Report on vaccination in Madras 1904-1921 - 1904-1921
Year: 1904
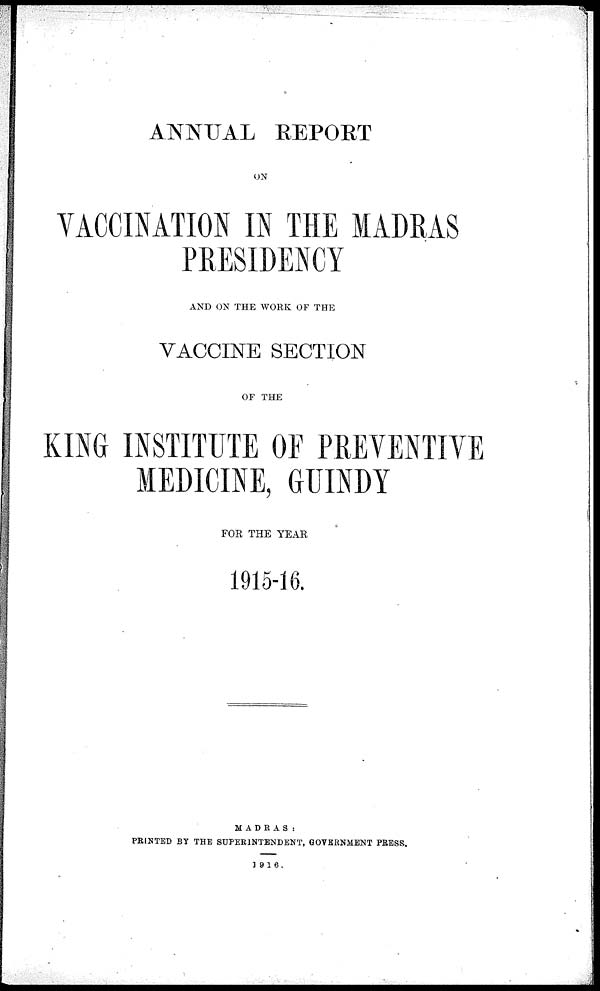
ANNUAL REPORT
ON
VACCINATION IN THE MADRAS
PRESIDENCY
AND ON THE WORK OF THE
VACCINE SECTION
OF THE
KING INSTITUTE OF PREVENTIVE
MEDICINE, GUINDY
FOR THE YEAR
1915-16.
MADRAS:
PRINTED BY THE SUPERINTENDENT, GOVERNMENT PRESS.
1916.